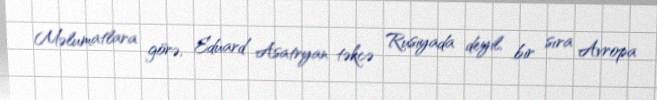
Məlumatlara görə, Eduard Asatryan təkcə Rusiyada deyil, bir sıra Avropa